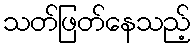
သတ်ဖြတ်နေသည့်